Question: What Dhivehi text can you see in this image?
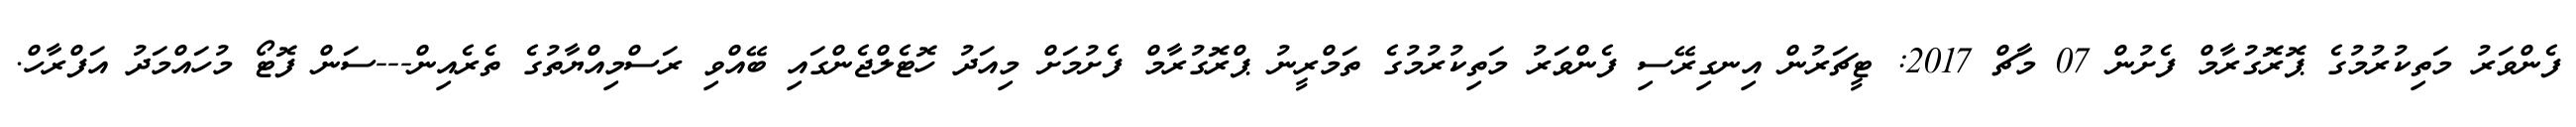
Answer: ފެންވަރު މަތިކުރުމުގެ ޕޮރޮގުރާމް ފެށުން 07 މާޗް 2017: ޓީޗަރުން އިނގިރޭސި ފެންވަރު މަތިކުރުމުގެ ތަމްރީނު ޕްރޮގުރާމް ފެށުމަށް މިއަދު ހޮޓެލްޖެންގައި ބޭއްވި ރަސްމިއްޔާތުގެ ތެރެއިން---ސަން ފޮޓޯ މުހައްމަދު އަފްރާހް.